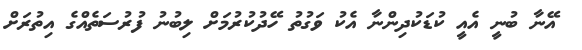
އޭނާ ބުނީ އެއީ ކުޑަކުދިންނާ އެކު ވަގުތު ހޭދުކުރުމަށް ލިބުނު ފުރުސަތެއްގެ އިތުރަށް